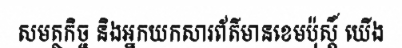
សមត្ថកិច្ច និងអ្នកយកសារព័ត៌មានខេមប៉ុស្តិ៍ យើង